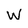
Character: W